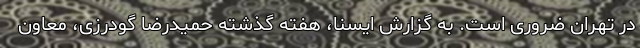
در تهران ضروری است. به گزارش ایسنا، هفته گذشته حمیدرضا گودرزی، معاون